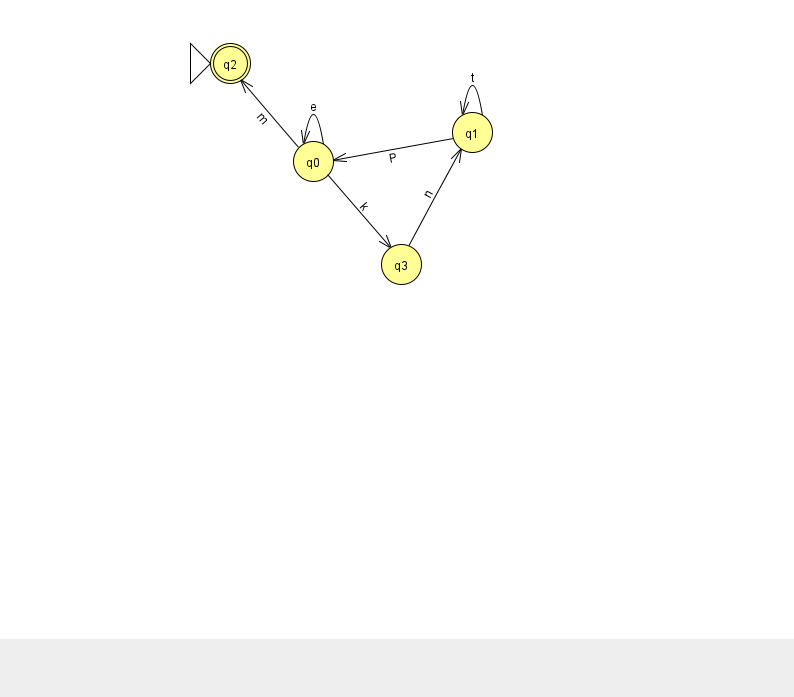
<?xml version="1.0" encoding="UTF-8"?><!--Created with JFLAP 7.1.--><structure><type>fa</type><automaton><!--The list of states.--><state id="0" name="q0"><x>313.0</x><y>148.0</y></state><state id="1" name="q1"><x>472.0</x><y>119.0</y></state><state id="2" name="q2"><x>230.0</x><y>50.0</y><initial/><final/></state><state id="3" name="q3"><x>401.0</x><y>251.0</y></state><!--The list of transitions.--><transition><from>1</from><to>0</to><read>P</read></transition><transition><from>1</from><to>1</to><read>t</read></transition><transition><from>0</from><to>0</to><read>e</read></transition><transition><from>3</from><to>1</to><read>n</read></transition><transition><from>0</from><to>3</to><read>k</read></transition><transition><from>0</from><to>2</to><read>m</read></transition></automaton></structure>